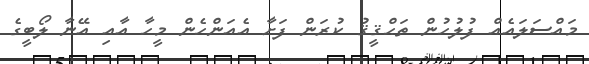
މައްސަލައެއް ފުލުހުން ތަޙްޤީޤު ކުރަން ފަށާ އެއަންހެން މީހާ އާއި އޭނާ ލޯބީގެ